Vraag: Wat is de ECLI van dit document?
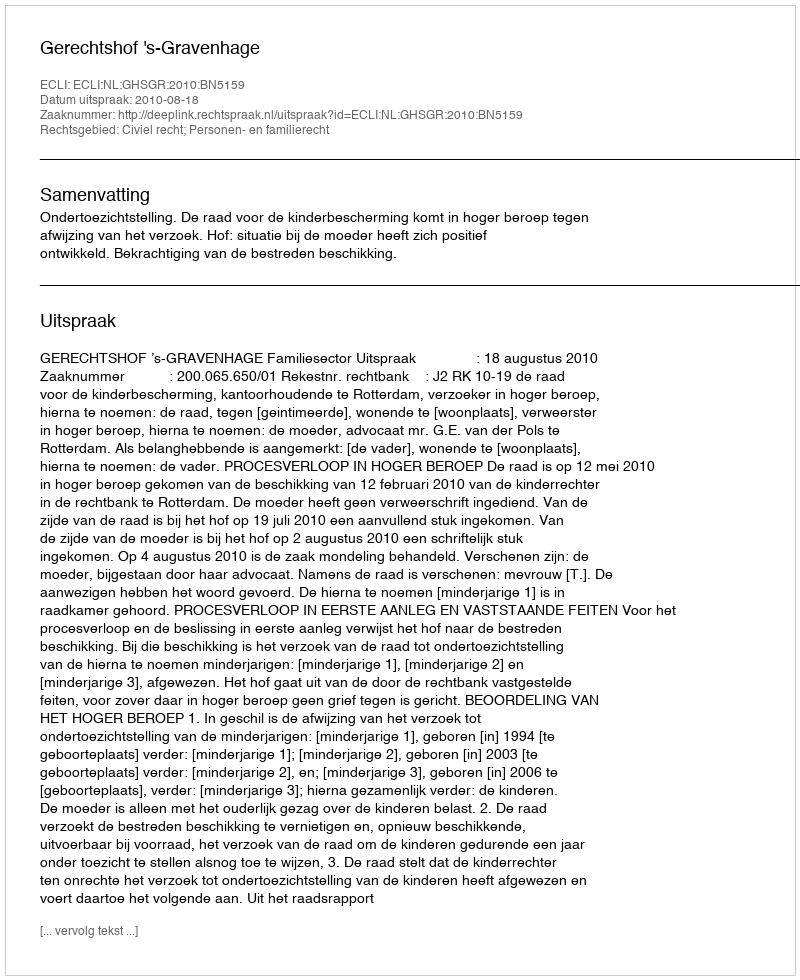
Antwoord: ECLI:NL:GHSGR:2010:BN5159